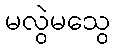
မလွဲမသွေ